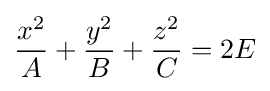
{\frac {x^{2}}{A}}+{\frac {y^{2}}{B}}+{\frac {z^{2}}{C}}=2E